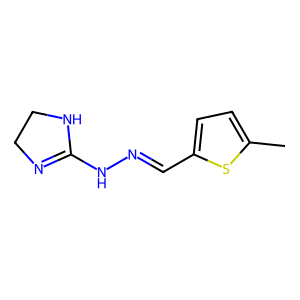
SMILES: Cc1ccc(C=NNC2=NCCN2)s1
Inhibits HIV replication: No